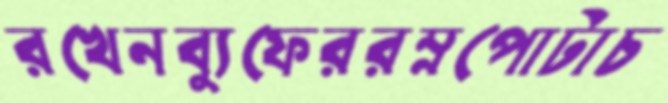
রখেনব্যুফেররম্নপোটাচ